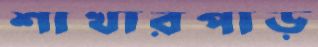
শাখারপাড়